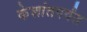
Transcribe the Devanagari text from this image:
केशांतपर्यंत